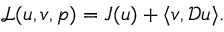
\begin{array} { r } { \mathcal { L } ( u , v , p ) = J ( u ) + \langle v , \mathcal { D } u \rangle . } \end{array}